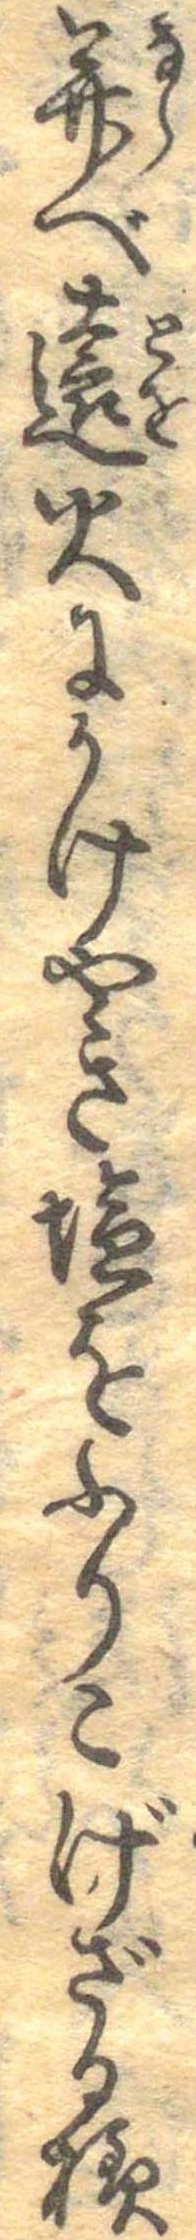
并べ遠火にかけやき塩をふりこげざる様